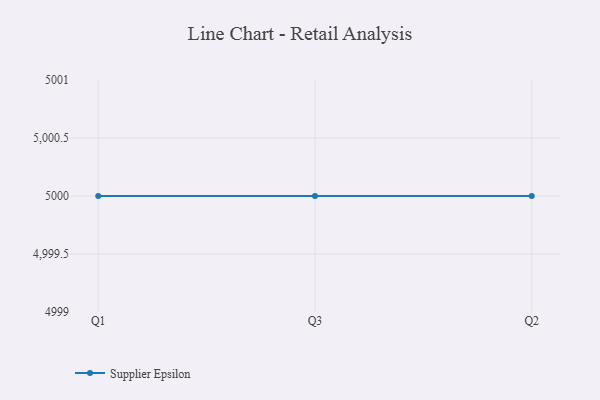
{"axis": {"x": "Quarter", "y": "Population (Million)"}, "legend": ["Supplier Epsilon"], "data": [{"x": "Q1", "y": 5000, "type": "Supplier Epsilon"}, {"x": "Q3", "y": 5000, "type": "Supplier Epsilon"}, {"x": "Q2", "y": 5000, "type": "Supplier Epsilon"}]}